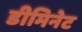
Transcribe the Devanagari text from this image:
डीमिनेट